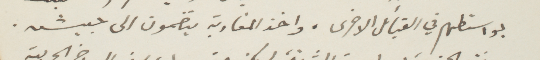
بواستطهم في القبائل الأخرى. واخذ المغاربة ينضمون الى جيشه.